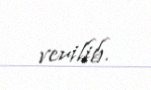
verilib.